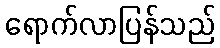
ရောက်လာပြန်သည်